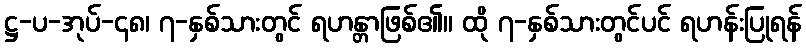
ဋ္ဌ-ပ-အုပ်-၄၈၊ ၇-နှစ်သားတွင် ရဟန္တာဖြစ်၏။ ထို ၇-နှစ်သားတွင်ပင် ရဟန်းပြုရန်